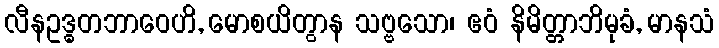
လီနဥဒ္ဓတဘာဝေဟိ, မောစယိတွာန သဗ္ဗသော၊ ဧဝံ နိမိတ္တာဘိမုခံ, မာနသံ